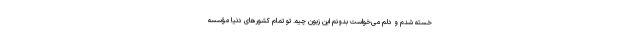
خسته شدم و دلم می‌خواست بدونم این زبون چیه. تو تمام کشورهای دنیا مؤسسه